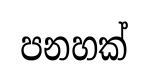
පනහක්